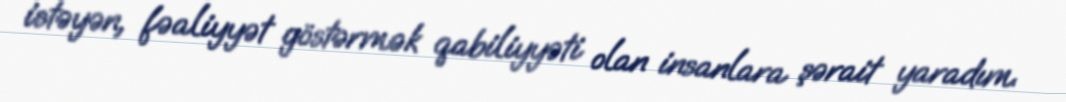
istəyən, fəaliyyət göstərmək qabiliyyəti olan insanlara şərait yaradım.